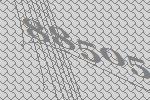
88505